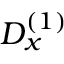
D _ { x } ^ { ( 1 ) }